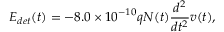
E _ { d e t } ( t ) = - 8 . 0 \times { 1 0 } ^ { - 1 0 } q N ( t ) \frac { d ^ { 2 } } { d t ^ { 2 } } v ( t ) ,